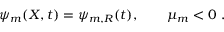
\psi _ { m } ( X , t ) = \psi _ { m , R } ( t ) , \qquad \mu _ { m } < 0 \; .